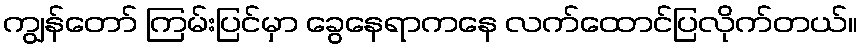
ကျွန်တော် ကြမ်းပြင်မှာ ခွေနေရာကနေ လက်ထောင်ပြလိုက်တယ်။